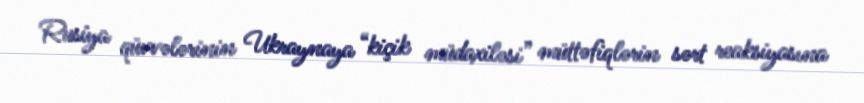
Rusiya qüvvələrinin Ukraynaya “kiçik müdaxiləsi” müttəfiqlərin sərt reaksiyasına